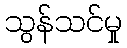
သွန်သင်မှု